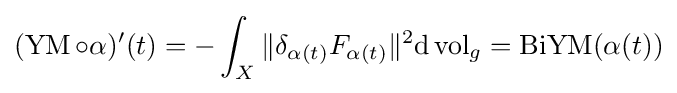
(\operatorname {YM} \circ \alpha )'(t)=-\int _{X}\|\delta _{\alpha (t)}F_{\alpha (t)}\|^{2}\mathrm {d} \operatorname {vol} _{g}=\operatorname {BiYM} (\alpha (t))